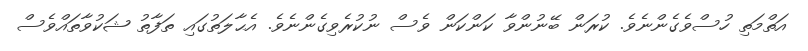
އަތްމަތި ހުސްވެގެންނެވެ. ކުރަން ބޭނުންވާ ކަންކަން ވެސް ނުކުރެވިގެންނެވެ. އެޙާލަތުގައި ތަފާތު ޝަކުވާތައްވެސް